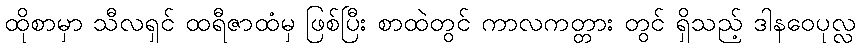
ထိုစာမှာ သီလရှင် ထရီဇာထံမှ ဖြစ်ပြီး စာထဲတွင် ကာလကတ္တား တွင် ရှိသည့် ဒါနဝေပုလ္လ